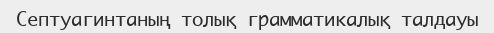
Септуагинтаның толық грамматикалық талдауы